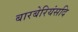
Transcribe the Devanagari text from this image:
बारबेरियंसदि